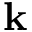
{ \bf k }